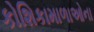
કોશિકામાળાઓના